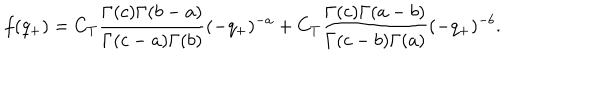
f ( q _ { + } ) = C _ { T } \frac { \Gamma ( c ) \Gamma ( b - a ) } { \Gamma ( c - a ) \Gamma ( b ) } ( - q _ { + } ) ^ { - a } + C _ { T } \frac { \Gamma ( c ) \Gamma ( a - b ) } { \Gamma ( c - b ) \Gamma ( a ) } ( - q _ { + } ) ^ { - b } .